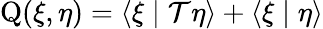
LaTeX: \operatorname{Q}(\xi,\eta)=\langle\xi\mid\mathcal{T}\eta\rangle+\langle\xi\mid\eta\rangle